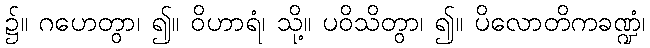
၌။ ဂဟေတွာ၊ ၍။ ဝိဟာရံ၊ သို့။ ပဝိသိတွာ၊ ၍။ ပိလောတိကခဏ္ဍံ၊